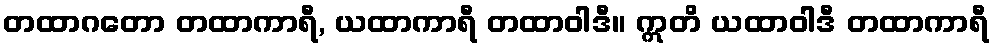
တထာဂတော တထာကာရီ, ယထာကာရီ တထာဝါဒီ။ ဣတိ ယထာဝါဒီ တထာကာရီ